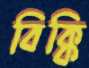
বিক্কি